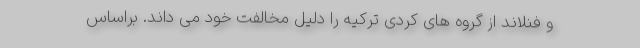
و فنلاند از گروه های کردی ترکیه را دلیل مخالفت خود می داند. براساس